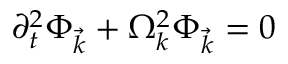
\partial _ { t } ^ { 2 } \Phi _ { \vec { k } } + \Omega _ { k } ^ { 2 } \Phi _ { \vec { k } } = 0